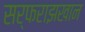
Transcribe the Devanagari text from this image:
सर्फराझखान